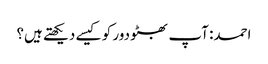
احمد: آپ بھٹو دور کو کیسے دیکھتے ہیں؟